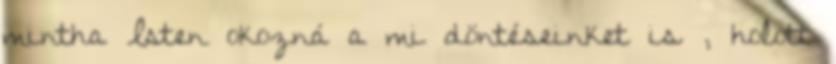
mintha Isten okozná a mi döntéseinket is , holott